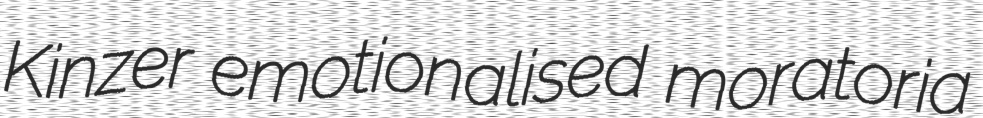
Kinzer emotionalised moratoria